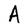
Character: A